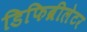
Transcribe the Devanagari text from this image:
डिफिब्रीलेटर